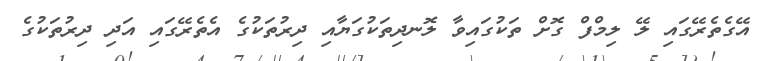
އޭގެތެރޭގައި ލޭ ލިމްފް ގޮށް ތަކުގައިވާ ލޮނދިތަކުގަޔާއި ދިރުތަކުގެ އެތެރޭގައި އަދި ދިރުތަކުގެ